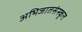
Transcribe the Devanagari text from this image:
अभिजातसंस्कृत